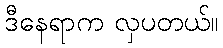
ဒီနေရာက လှပတယ်။